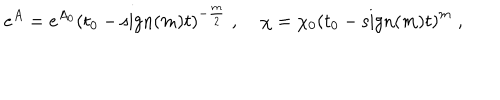
e ^ { A } = e ^ { A _ { 0 } } \left( t _ { 0 } - \mathrm { s i g n } ( m ) t \right) ^ { - \frac { m } { 2 } } \; , \; \chi = \chi _ { 0 } \left( t _ { 0 } - \mathrm { s i g n } ( m ) t \right) ^ { m } \; ,